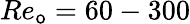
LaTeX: Re_{\mathsf{o}}=60-300